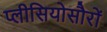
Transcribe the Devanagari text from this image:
प्लीसियोसौरों